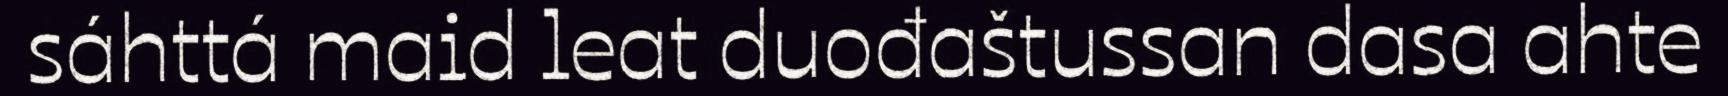
sáhttá maid leat duođaštussan dasa ahte